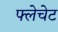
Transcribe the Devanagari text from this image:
फ्लेचेट